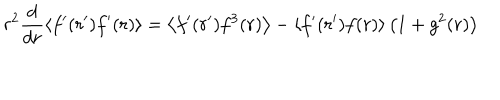
LaTeX: r ^ { 2 } \frac { d } { d r } \left\langle f ^ { \prime } ( r ^ { \prime } ) f ^ { \prime } ( r ) \right\rangle = \left\langle f ^ { \prime } ( r ^ { \prime } ) f ^ { 3 } ( r ) \right\rangle - \left\langle f ^ { \prime } ( r ^ { \prime } ) f ( r ) \right\rangle \left( 1 + g ^ { 2 } ( r ) \right)